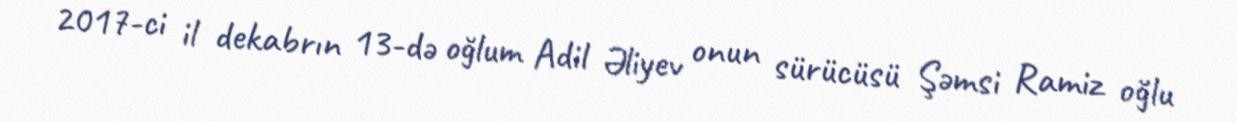
2017-ci il dekabrın 13-də oğlum Adil Əliyev onun sürücüsü Şəmsi Ramiz oğlu